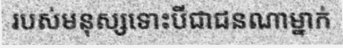
របស់មនុស្សទោះបីជាជនណាម្នាក់